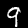
Digit: 9